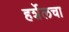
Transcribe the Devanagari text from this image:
हर्शेलचा